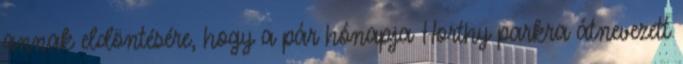
annak eldöntésére, hogy a pár hónapja Horthy parkra átnevezett